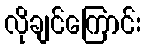
လိုချင်ကြောင်း